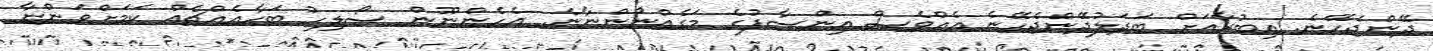
ދޭންޖެހޭނެ. އިބުރާއަށް ބަދަލުދޭންޖެހޭނެ އެއްވެސް އިންސާފުގެ މަގެއްނޯންނާނެ. އެހެންނޫން ސޯލިހު ބަހާއެއްޗެއް ކަމަށްވަންޏާ